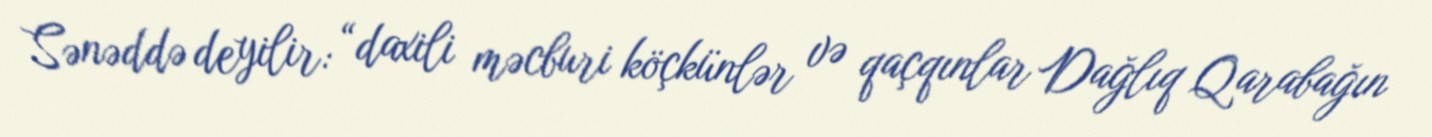
Sənəddə deyilir: “daxili məcburi köçkünlər və qaçqınlar Dağlıq Qarabağın